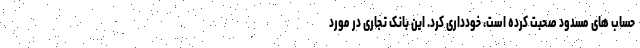
حساب های مسدود صحبت کرده است، خودداری کرد. این بانک تجاری در مورد